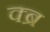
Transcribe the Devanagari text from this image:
क्ब्र